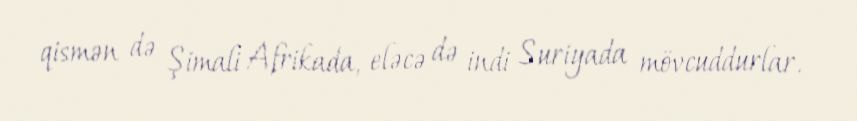
qismən də Şimali Afrikada, eləcə də indi Suriyada mövcuddurlar.